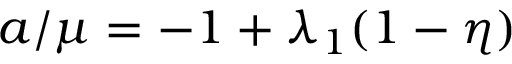
a / \mu = - 1 + \lambda _ { 1 } ( 1 - \eta )